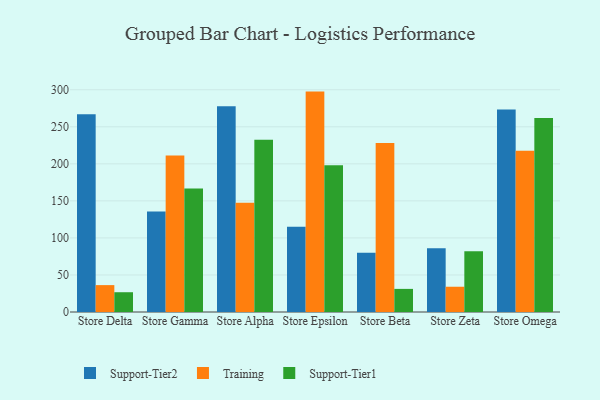
{"axis": {"x": "Store", "y": "Humidity (%)"}, "legend": ["Support-Tier1", "Support-Tier2", "Training"], "data": [{"x": "Store Delta", "y": 267.0, "type": "Support-Tier2"}, {"x": "Store Delta", "y": 36.3, "type": "Training"}, {"x": "Store Delta", "y": 26.7, "type": "Support-Tier1"}, {"x": "Store Gamma", "y": 135.8, "type": "Support-Tier2"}, {"x": "Store Gamma", "y": 211.2, "type": "Training"}, {"x": "Store Gamma", "y": 166.8, "type": "Support-Tier1"}, {"x": "Store Alpha", "y": 277.7, "type": "Support-Tier2"}, {"x": "Store Alpha", "y": 147.3, "type": "Training"}, {"x": "Store Alpha", "y": 232.4, "type": "Support-Tier1"}, {"x": "Store Epsilon", "y": 115.2, "type": "Support-Tier2"}, {"x": "Store Epsilon", "y": 297.5, "type": "Training"}, {"x": "Store Epsilon", "y": 198.2, "type": "Support-Tier1"}, {"x": "Store Beta", "y": 79.9, "type": "Support-Tier2"}, {"x": "Store Beta", "y": 228.1, "type": "Training"}, {"x": "Store Beta", "y": 31.2, "type": "Support-Tier1"}, {"x": "Store Zeta", "y": 86.1, "type": "Support-Tier2"}, {"x": "Store Zeta", "y": 34.1, "type": "Training"}, {"x": "Store Zeta", "y": 82.0, "type": "Support-Tier1"}, {"x": "Store Omega", "y": 273.2, "type": "Support-Tier2"}, {"x": "Store Omega", "y": 217.7, "type": "Training"}, {"x": "Store Omega", "y": 261.7, "type": "Support-Tier1"}]}